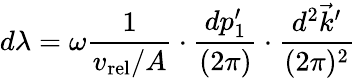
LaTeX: d\lambda=\omega{\frac{1}{v_{\mathrm{rel}}/A}}\cdot{\frac{dp_{1}^{\prime}}{(2\pi)}}\cdot{\frac{d^{2}\vec{k}^{\prime}}{(2\pi)^{2}}}